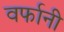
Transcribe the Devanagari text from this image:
वर्फानी